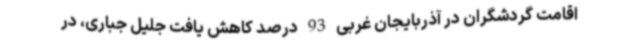
اقامت گردشگران در آذربایجان غربی 93 درصد کاهش یافت جلیل جباری، در